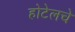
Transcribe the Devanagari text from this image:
होटेलचे